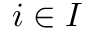
i \in I